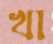
খা